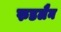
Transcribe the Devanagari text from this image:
रुडलैन